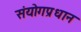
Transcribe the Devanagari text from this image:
संयोगप्रधान